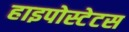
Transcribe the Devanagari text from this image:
हाइपोस्टेटस